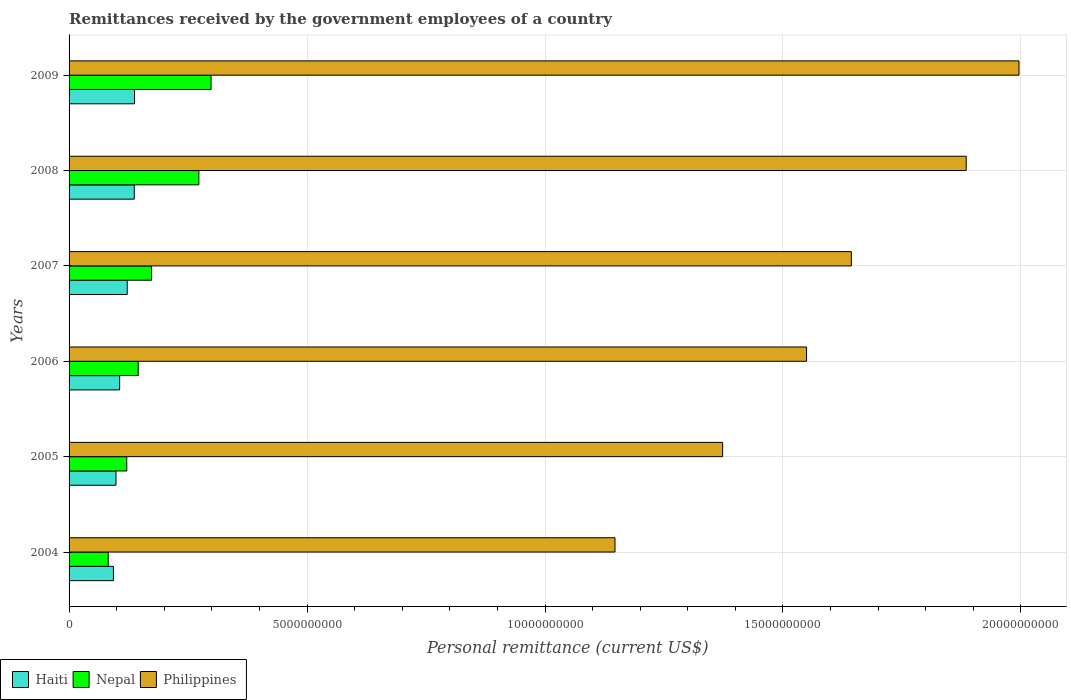
| Years | Haiti | Nepal | Philippines |
 | --- | --- | --- | --- |
 | 2004 | 9.32e+08 | 8.23e+08 | 1.15e+10 |
 | 2005 | 9.86e+08 | 1.21e+09 | 1.37e+10 |
 | 2006 | 1.06e+09 | 1.45e+09 | 1.55e+10 |
 | 2007 | 1.22e+09 | 1.73e+09 | 1.64e+10 |
 | 2008 | 1.37e+09 | 2.73e+09 | 1.89e+10 |
 | 2009 | 1.38e+09 | 2.98e+09 | 2e+10 |